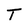
Character: T